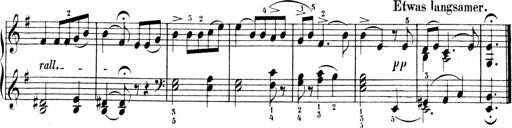
Title: Sonatinen Op.47, 98 und 136, nebst 6 Liedersonatinen
Composer: Carl Reinecke